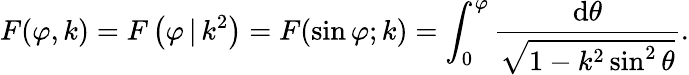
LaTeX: F(\varphi,k)=F\left(\varphi\, |\, k^{2}\right)=F(\sin\varphi;k)=\int_{0}^{\varphi}{\frac{\mathrm{d}\theta}{\sqrt{1-k^{2}\sin^{2}\theta}}}.